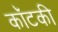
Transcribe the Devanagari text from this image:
कॉटकी